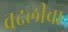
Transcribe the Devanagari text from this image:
बदलीचा